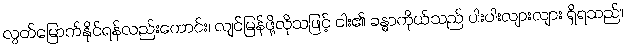
လွတ်မြောက်နိုင်ရန်လည်းကောင်း၊ လျင်မြန်ဖို့လိုသဖြင့် ငါး၏ ခန္ဓာကိုယ်သည် ပါးပါးလျားလျား ရှိရသည်။